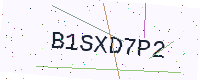
Text: B1SXD7P2